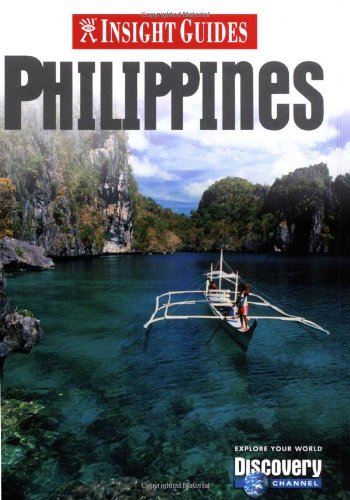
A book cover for Philippines (Insight Guides); Insight Guides; Travel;